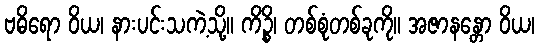
ဗဓိရော ဝိယ၊ နားပင်းသကဲ့သို့။ ကိဉ္စိ၊ တစ်စုံတစ်ခုကို။ အဇာနန္တော ဝိယ၊